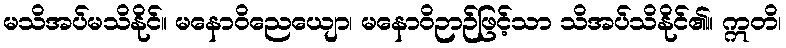
မသိအပ်မသိနိုင်။ မနောဝိညေယျော၊ မနောဝိဉာဉ်ဖြင့်သာ သိအပ်သိနိုင်၏။ ဣတိ၊